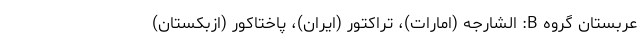
عربستان گروه B: الشارجه (امارات)، تراکتور (ایران)، پاختاکور (ازبکستان)